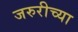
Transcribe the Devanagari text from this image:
जरुरीच्या